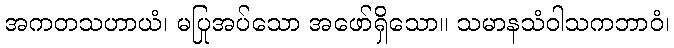
အကတသဟာယံ၊ မပြုအပ်သော အဖော်ရှိသော။ သမာနသံဝါသကဘာဝံ၊